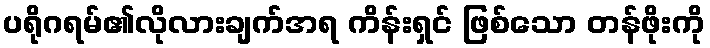
ပရိုဂရမ်၏လိုလားချက်အရ ကိန်းရှင် ဖြစ်သော တန်ဖိုးကို